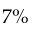
7 \%